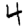
Digit: 4